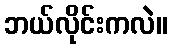
ဘယ်လိုင်းကလဲ။